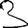
Digit: 3